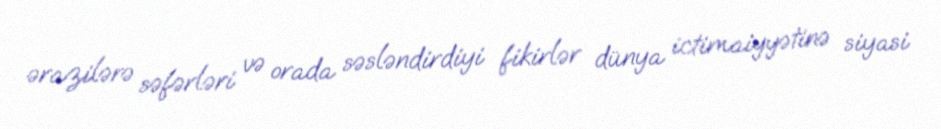
ərazilərə səfərləri və orada səsləndirdiyi fikirlər dünya ictimaiyyətinə siyasi